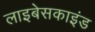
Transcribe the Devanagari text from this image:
लाइबेसकाइंड